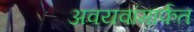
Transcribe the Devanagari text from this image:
अवयवांमार्फत